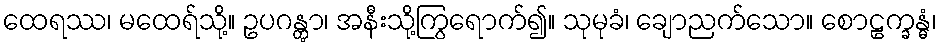
ထေရဿ၊ မထေရ်သို့။ ဥပဂန္တွာ၊ အနီးသို့ကြွရောက်၍။ သုမုခံ၊ ချောညက်သော။ စောဠက္ခန္ဓံ၊